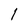
Character: 1